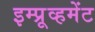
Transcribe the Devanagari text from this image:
इम्प्रूव्हमेंट